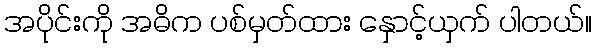
အပိုင်းကို အဓိက ပစ်မှတ်ထား နှောင့်ယှက် ပါတယ်။